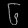
Digit: ၆